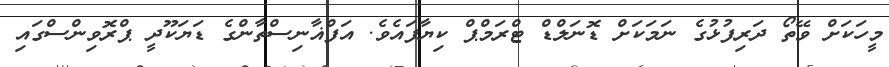
މީހަކަށް ވޭތޯ ދަރިފުޅުގެ ނަމަކަށް ޑޮނަލްޑް ޓްރަމްޕް ކިޔާފައެވެ. އަފްޣާނިސްތާންގެ ޑަޔަކޫދީ ޕްރޮވިންސްގައި